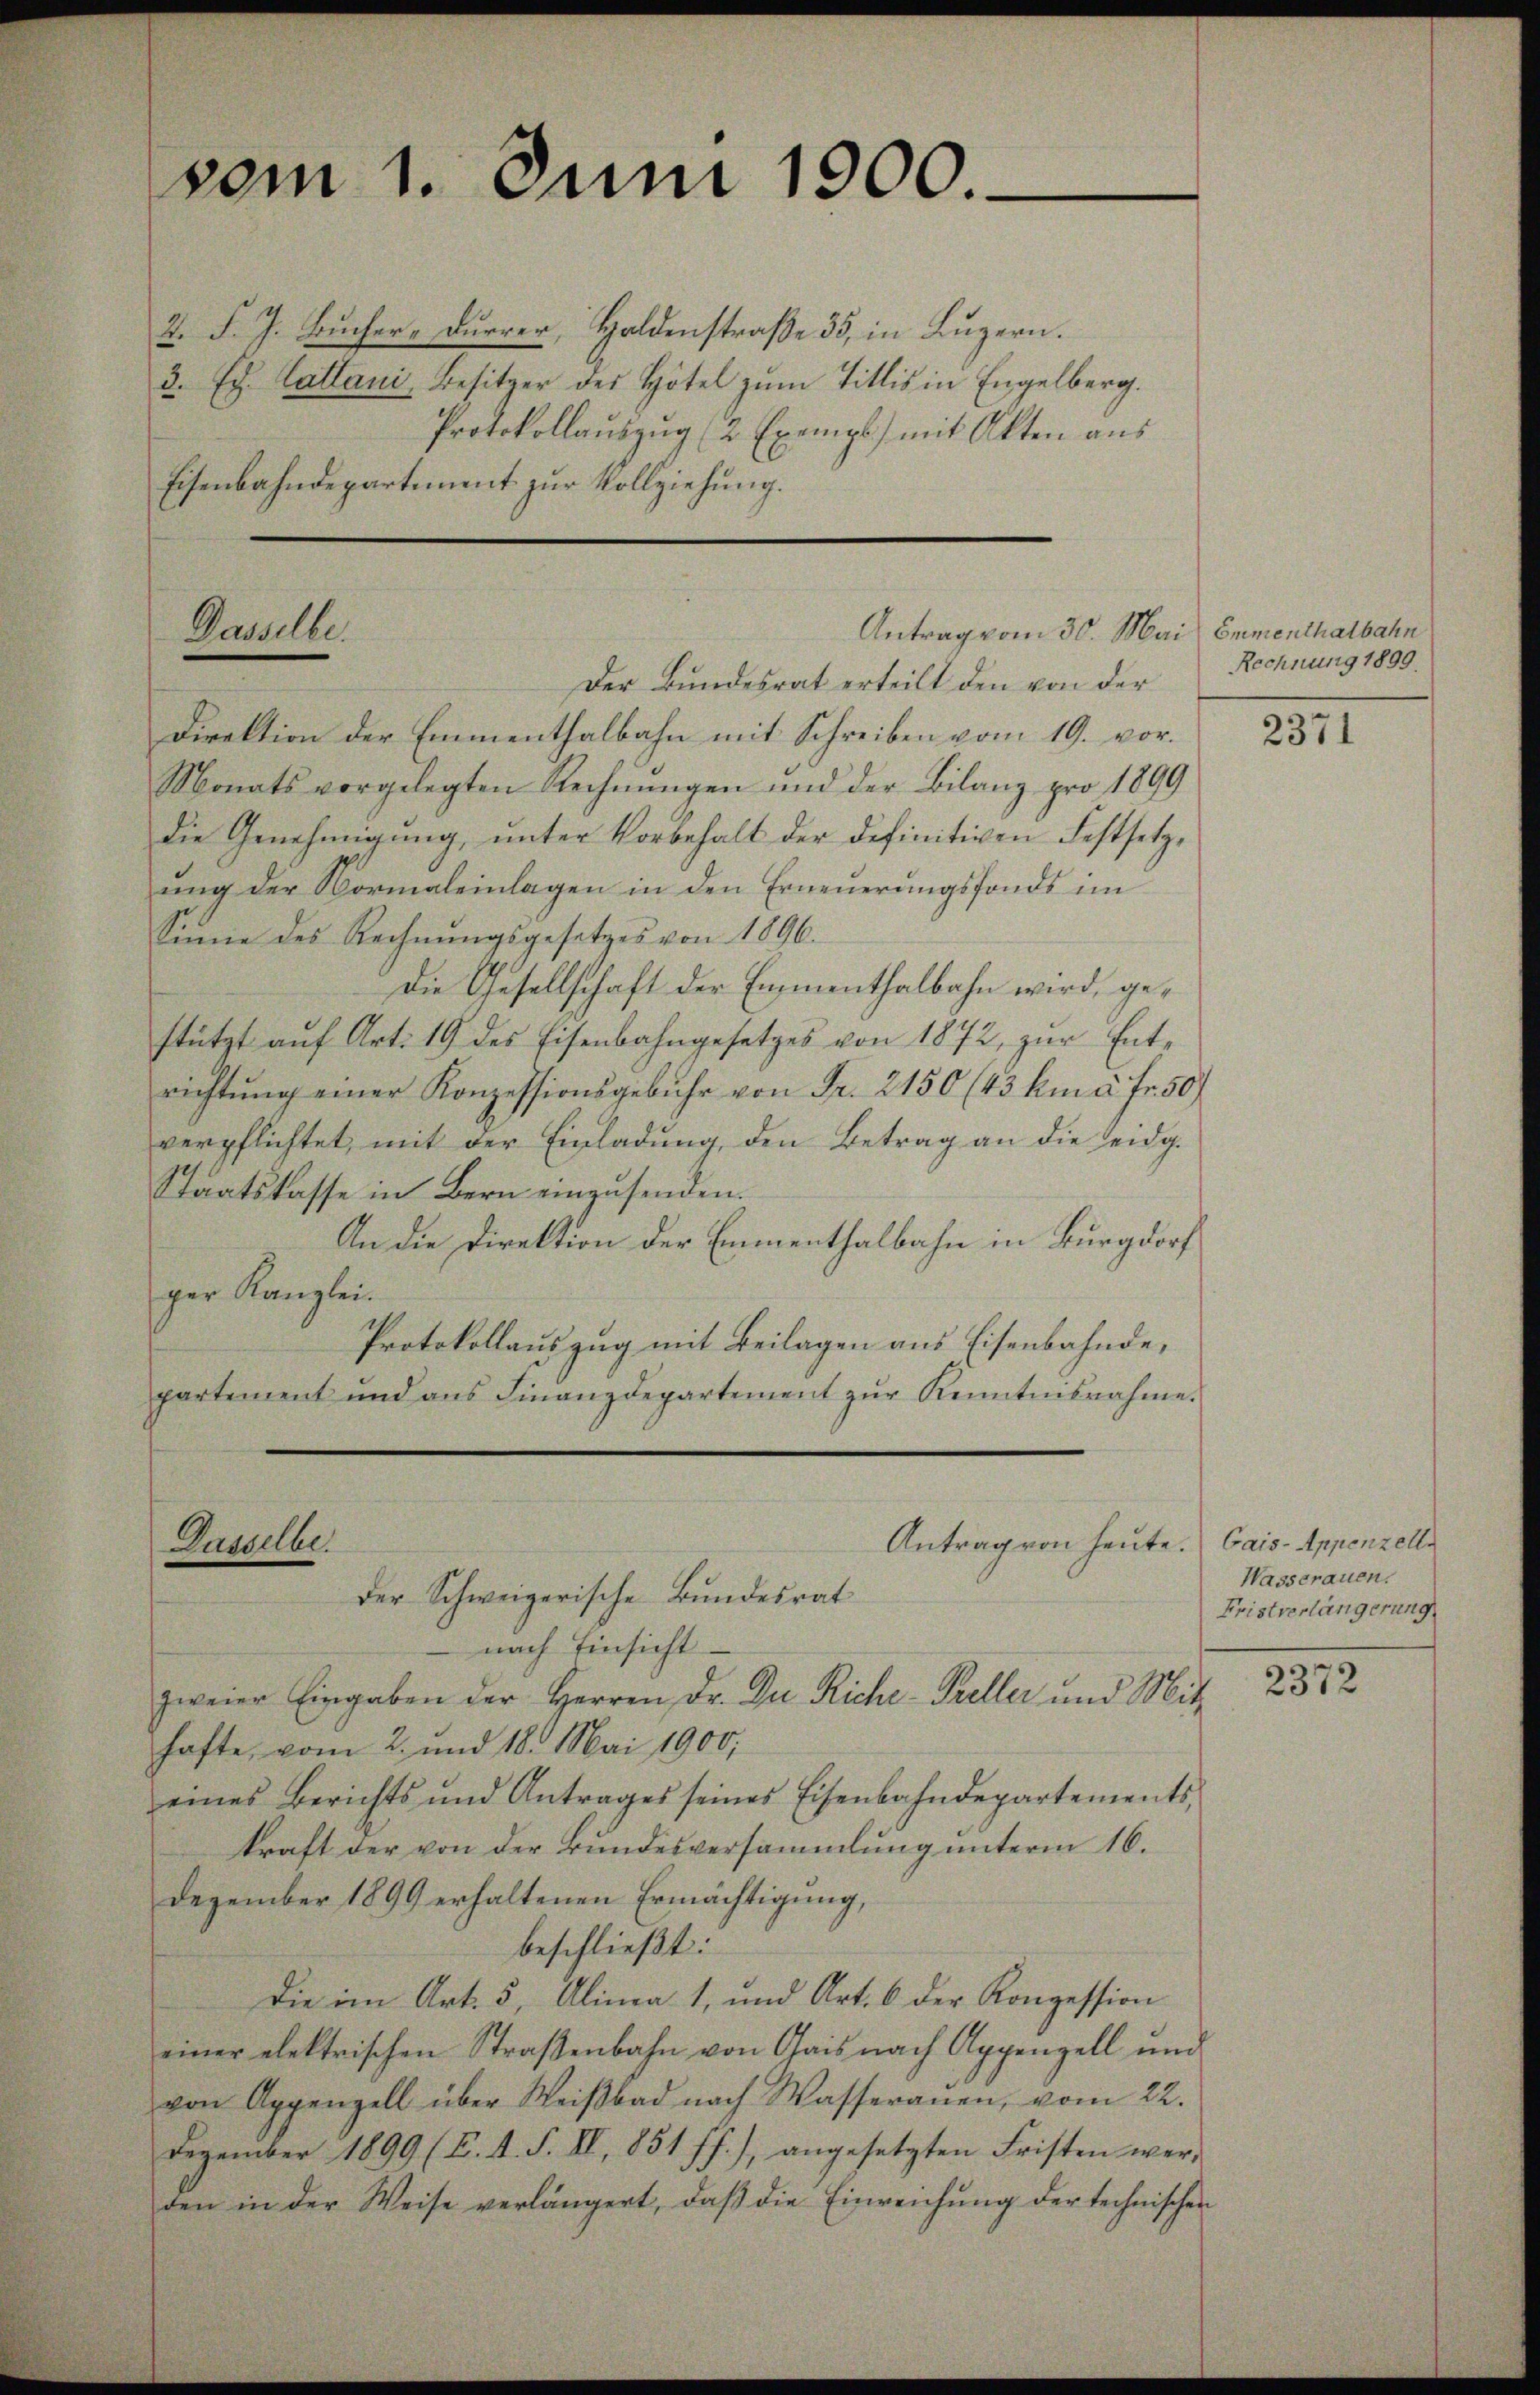
2. F. J. Bucher-Durrer, Holdenstraße 35, in Luzern.
3. Ed. Cattani, Besitzer des Hotel zum Titlis in Engelberg.
Protokollaŭszŭg (2 Exemps mit Akten aŭs
Eisenbahndepartement zur Vollziehung.

vom 1. Juni 1900.

Dasselbe.

Der Bundesrat erteilt den von der
Direktion der Emmenthalbahn mit Schreiben vom 19. vor.
Monats vorgelegten Rechnungen und der Bilanz pro 1899
die Genehmigŭng ŭnter Vorbehalt der definitiven Festsetz-
ŭng der Normaleinlagen in den Erneuerungsfonds im
Sinne des Rechnŭngsgesetzes von 1896.
Die Gesellschaft der Emmenthalbahn wird, gestützt aŭf Art. 19 des Eisenbahngesetzes von 1872, zur Entrichtung einer Konzessionsgebühr von Fr. 2150 (43 km à fr. 50
verpflichtet, mit der Einladung, den Betrag an die eidg.
Staatskasse in Bern einzusenden.
An die Direktion der Emmenthalbahn in Burgdorf
ger Kanzlei.
Protokollauszug mit Beilagen aus Eisenbahnde,
partement und ans Finanzdepartement zŭr Kenntesnahme.

Antrag vom 30. Mai Emmenthalbahn

Antrag von heute. Gais - Appenzelle
Dasselbe.
Der Schweizerische Bundesrat
nach Einsicht.
zweier Eingaben der Herren Dr. Zu Riche-Kreller und Mit

hafte, vom 2. und 18. Mai 1900,
eines Berichts und Antrages seines Eisenbahndepartements
kraft der von der Bundesversammlung unterm 16.
Dezember 1899 erhaltenen Ermächtigung,
beschließt:
Die im Art. 5, Alina 1, und Art. 6 der Konzession
einer elektrischen Straßenbahn von Gais nach Appenzell und
von Appenzell über Weiβbad nach Wasseranen, vom 22.
Dezember 1899 (B. 4. S. II, 851 ff.), angesetzten Fristen werden in der Weise verlängert, daβ die Einreichŭng der technischen

Rechnung 1899.

2371

Wasserauen.
Fristverlängerung

2372